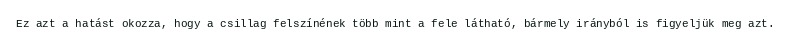
Ez azt a hatást okozza, hogy a csillag felszínének több mint a fele látható, bármely irányból is figyeljük meg azt.